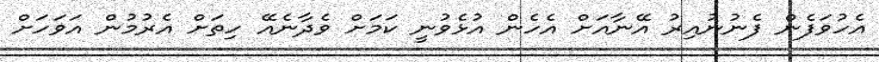
އެހުވަފެން ފެނުނުއިރު އޭނާއަށް އެހެން އުޅެވުނީ ކަމަށް ވެދާނެއޭ ހިތަށް އެރުމުން އަވަހަށް